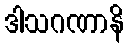
ဒါသဂဏာနိ